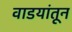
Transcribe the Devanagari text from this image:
वाडयांतून